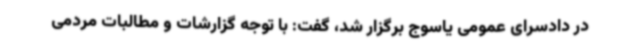
در دادسرای عمومی یاسوج برگزار شد، گفت: با توجه گزارشات و مطالبات مردمی